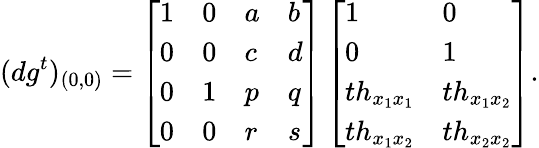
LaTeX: (dg^{t})_{(0,0)}=\left[\begin{array}{llll}{1}&{0}&{a}&{b}\\ {0}&{0}&{c}&{d}\\ {0}&{1}&{p}&{q}\\ {0}&{0}&{r}&{s}\end{array}\right]\left[\begin{array}{ll}{1}&{0}\\ {0}&{1}\\ {th_{x_{1}x_{1}}}&{th_{x_{1}x_{2}}}\\ {th_{x_{1}x_{2}}}&{th_{x_{2}x_{2}}}\end{array}\right].